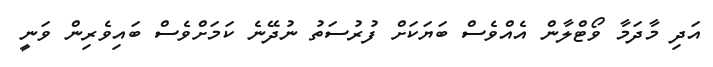
އަދި މާދަމާ ވޯޓްލާން އެއްވެސް ބަޔަކަށް ފުރުސަތު ނުދޭނެ ކަމަށްވެސް ބައިވެރިން ވަނީ